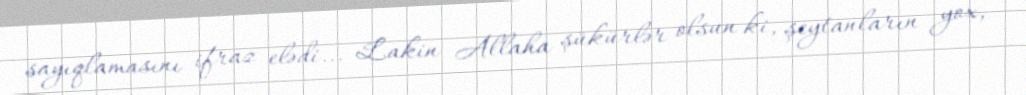
sayıqlamasını ifraz elədi... Lakin Allaha şükürlər olsun ki, şeytanların yox,